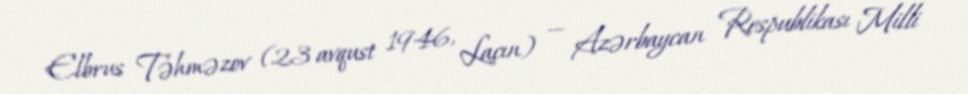
Elbrus Təhməzov (23 avqust 1946, Laçın) — Azərbaycan Respublikası Milli